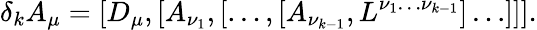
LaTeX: \delta_{k}A_{\mu}=[D_{\mu},[A_{\nu_{1}},[\ldots,[A_{\nu_{k-1}},L^{\nu_{1}\ldots\nu_{k-1}}]\ldots]]].